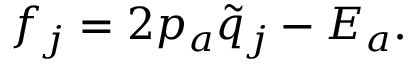
f _ { j } = 2 p _ { a } \tilde { q } _ { j } - E _ { a } .